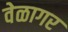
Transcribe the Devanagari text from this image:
वेळागर